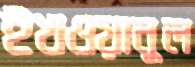
ইখওয়ানুল